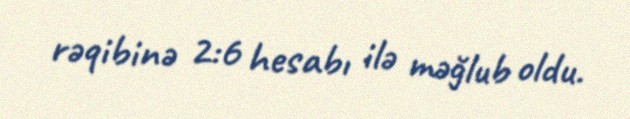
rəqibinə 2:6 hesabı ilə məğlub oldu.